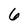
Character: 6